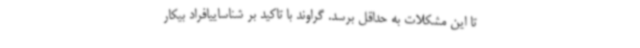
تا این مشکلات به حداقل برسد. گراوند با تاکید بر شناساییافراد بیکار